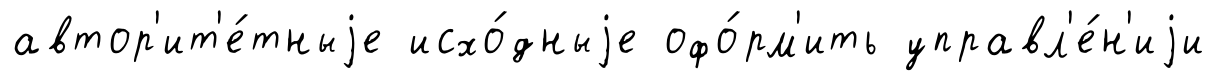
автор'ит'е́тныjе исхо́дныjе офо́рм'ить управл'е́н'иjи